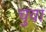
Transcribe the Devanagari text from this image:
चुवा